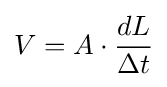
V=A\cdot {\frac {dL}{\Delta t}}